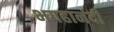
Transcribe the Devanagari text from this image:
भगहानंदी